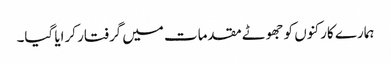
ہمارے کارکنوں کو جھوٹے مقدمات میں گرفتار کرایا گیا۔